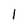
Character: 1